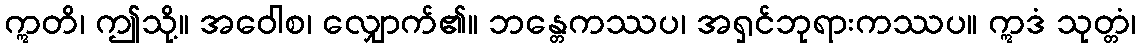
ဣတိ၊ ဤသို့။ အဝေါစ၊ လျှောက်၏။ ဘန္တေကဿပ၊ အရှင်ဘုရားကဿပ။ ဣဒံ သုတ္တံ၊